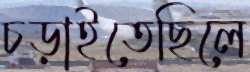
চড়াইতেছিলে